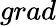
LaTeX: grad